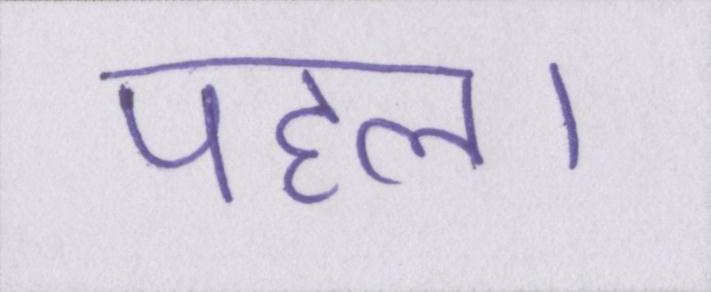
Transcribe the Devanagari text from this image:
पहल।